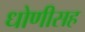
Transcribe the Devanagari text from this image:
धोणीसह